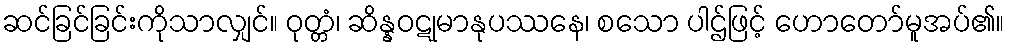
ဆင်ခြင်ခြင်းကိုသာလျှင်။ ဝုတ္တံ၊ ဆိန္နဝဋုမာနုပဿနေ၊ စသော ပါဌ်ဖြင့် ဟောတော်မူအပ်၏။